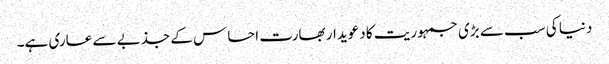
دنیا کی سب سے بڑی جمہوریت کا دعویدار بھارت احساس کے جذبے سے عاری ہے۔